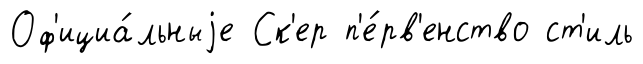
Оф'ициа́льныjе Ск'ер п'е́рв'енство ст'иль